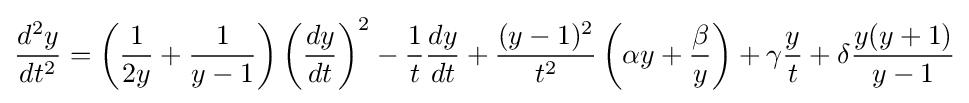
{\frac {d^{2}y}{dt^{2}}}=\left({\frac {1}{2y}}+{\frac {1}{y-1}}\right)\left({\frac {dy}{dt}}\right)^{2}-{\frac {1}{t}}{\frac {dy}{dt}}+{\frac {(y-1)^{2}}{t^{2}}}\left(\alpha y+{\frac {\beta }{y}}\right)+\gamma {\frac {y}{t}}+\delta {\frac {y(y+1)}{y-1}}